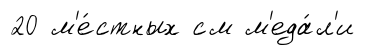
20 м'е́стных см м'еда́л'и